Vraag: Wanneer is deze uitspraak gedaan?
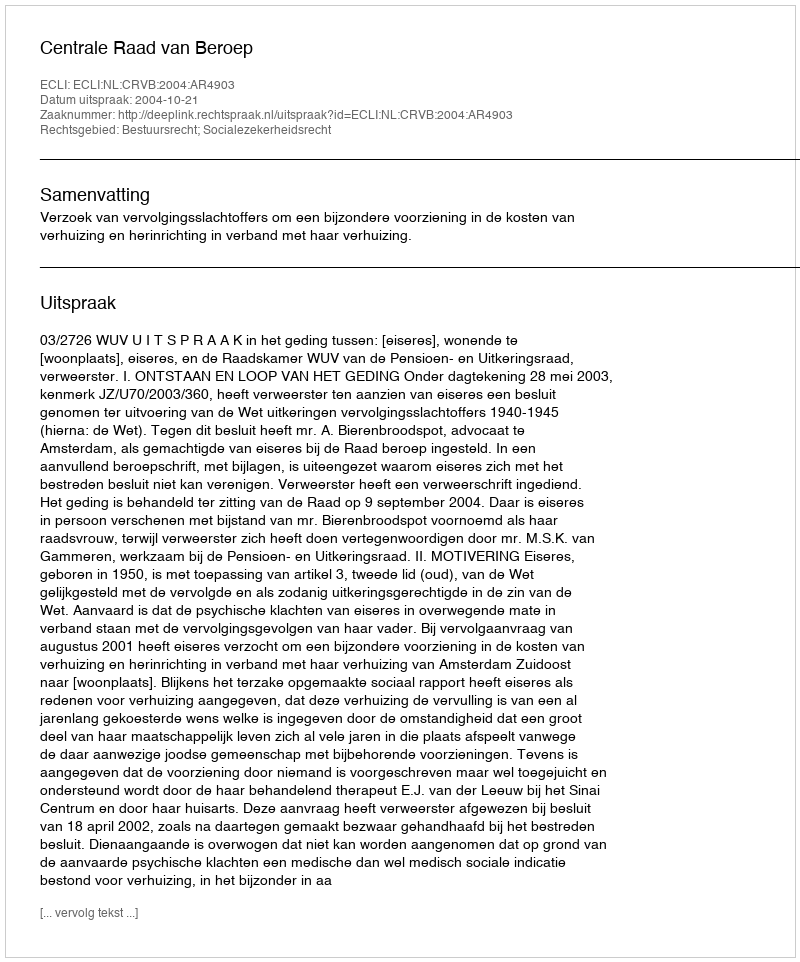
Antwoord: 2004-10-21